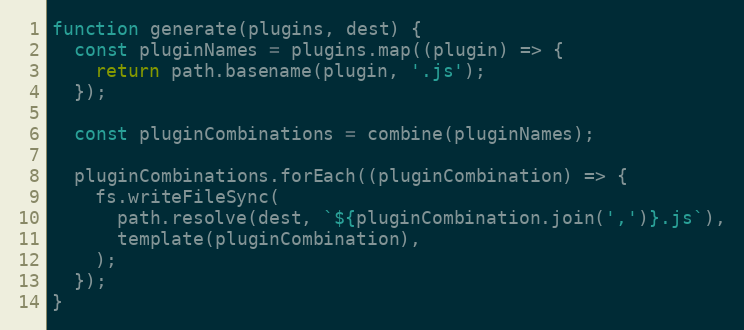
Language: JavaScript
function generate(plugins, dest) {
  const pluginNames = plugins.map((plugin) => {
    return path.basename(plugin, '.js');
  });

  const pluginCombinations = combine(pluginNames);

  pluginCombinations.forEach((pluginCombination) => {
    fs.writeFileSync(
      path.resolve(dest, `${pluginCombination.join(',')}.js`),
      template(pluginCombination),
    );
  });
}